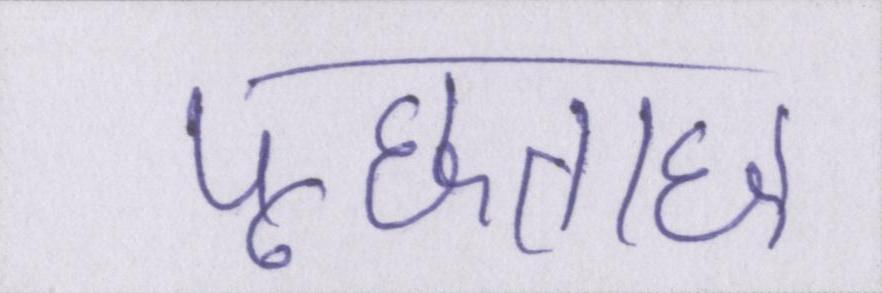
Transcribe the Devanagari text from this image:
पूछताछ